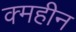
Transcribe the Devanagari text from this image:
क्महीन